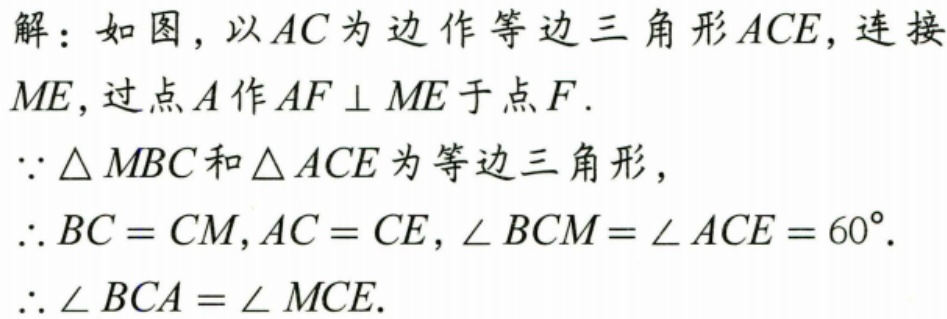
解：如图，以\(AC\)为边作等边三角形\(ACE\)，连接\(ME\)，过点\(A\)作\(AF\perp ME\)于点\(F\).
\(\because\triangle MBC\)和\(\triangle ACE\)为等边三角形，
\(\therefore BC = CM,AC = CE,\angle BCM=\angle ACE = 60^{\circ}\).
\(\therefore\angle BCA=\angle MCE\).